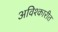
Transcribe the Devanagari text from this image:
अविश्कारीत